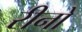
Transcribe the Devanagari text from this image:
रीनो